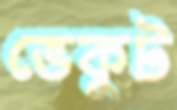
ভেকুট